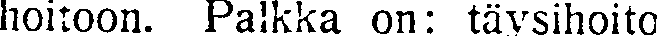
hoitoon. Palkka on: täysihoito